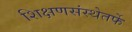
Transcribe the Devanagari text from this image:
शिक्षणसंस्थेतर्फे